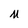
Character: M